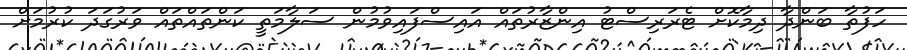
ހަފުތާ ބަންދާ ދިމާކޮށް ޓެރަރިސްޓު އިންޒާރުތައް އައިސްފައިވުމުން ސަލާމަތީ ކަންތައްތައް ވަރުގަދަ ކުރުމަށް